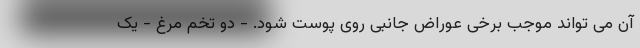
آن می تواند موجب برخی عوراض جانبی روی پوست شود. - دو تخم مرغ - یک